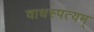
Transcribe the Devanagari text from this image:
वाधस्पत्यम्